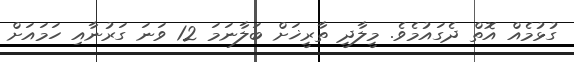
ގުޅުމެއް އޮތް ދެގައުމެވެ. މީލާދީ ތާރީޚަށް ބަލާނަމަ 12 ވަނަ ގަރުނާއި ހަމައަށް